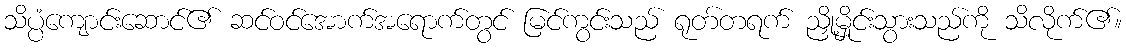
သိပ္ပံကျောင်းဆောင်၏ ဆင်ဝင်အောက်အရောက်တွင် မြင်ကွင်းသည် ရုတ်တရက် ညှို့မှိုင်းသွားသည်ကို သိလိုက်၏။